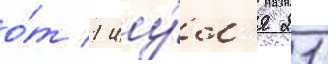
о́т 1 иу́л'я 21